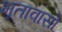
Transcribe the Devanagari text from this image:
भूतावासो